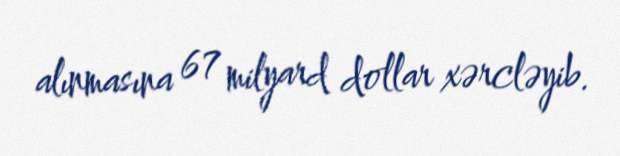
alınmasına 67 milyard dollar xərcləyib.